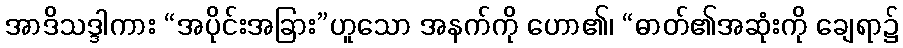
အာဒိသဒ္ဒါကား “အပိုင်းအခြား”ဟူသော အနက်ကို ဟော၏၊ “ဓာတ်၏အဆုံးကို ချေရာ၌